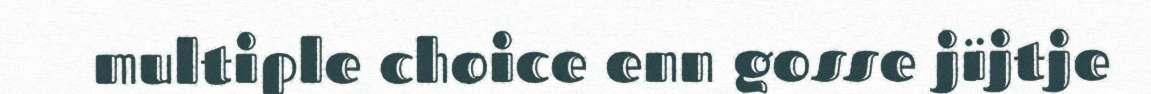
multiple choice enn gosse jïjtje